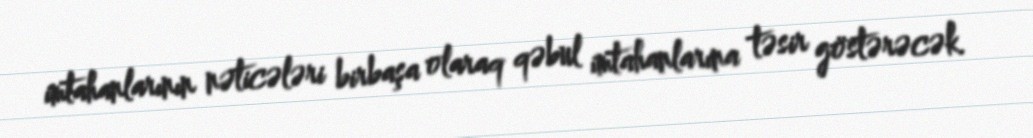
imtahanlarının nəticələri birbaşa olaraq qəbul imtahanlarına təsir göstərəcək.